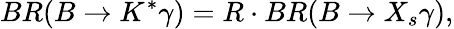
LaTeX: BR(B\to K^{*}\gamma)=R\cdot BR(B\to X_{s}\gamma),